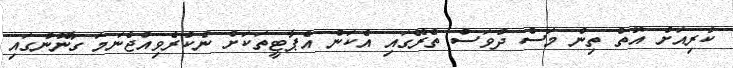
ކުރިއަށް އޮތް ތިން މަސް ދުވަސް ތެރޭގައި އެކަން އެޕާޓީތަކަށް ނުކުރެވިއްޖެނަމަ ގާނޫނުގައި